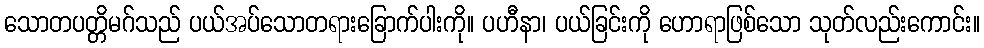
သောတပတ္တိမဂ်သည် ပယ်အပ်သောတရားခြောက်ပါးကို။ ပဟီနာ၊ ပယ်ခြင်းကို ဟောရာဖြစ်သော သုတ်လည်းကောင်း။